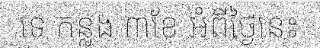
ទេ កន្លង ៣ខែ អំពីថ្ងៃនេះ